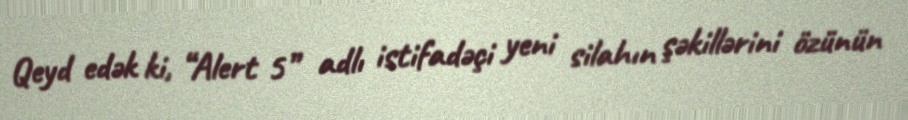
Qeyd edək ki, “Alert 5” adlı istifadəçi yeni silahın şəkillərini özünün